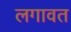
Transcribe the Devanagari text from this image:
लगावत